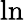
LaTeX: \ln